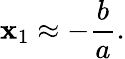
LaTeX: \mathbf{x}_{1}\approx-{\frac{{b}}{{a}}}.